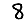
Digit: 8